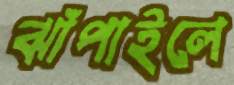
ঝাঁপাইলে